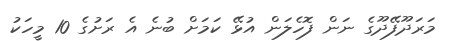
މަރަދޫފޭދޫގެ ނަން ފޮހެލަން އުޅޭ ކަމަށް ބުނެ އެ ރަށުގެ 10 މީހަކު